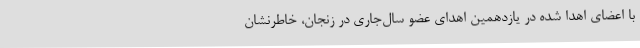
با اعضای اهدا شده در یازدهمین اهدای عضو سال‌جاری در زنجان، خاطرنشان